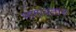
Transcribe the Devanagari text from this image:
भागावतार